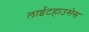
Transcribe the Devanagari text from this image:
लाईटहाउसेस